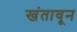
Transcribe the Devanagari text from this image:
खंतावून